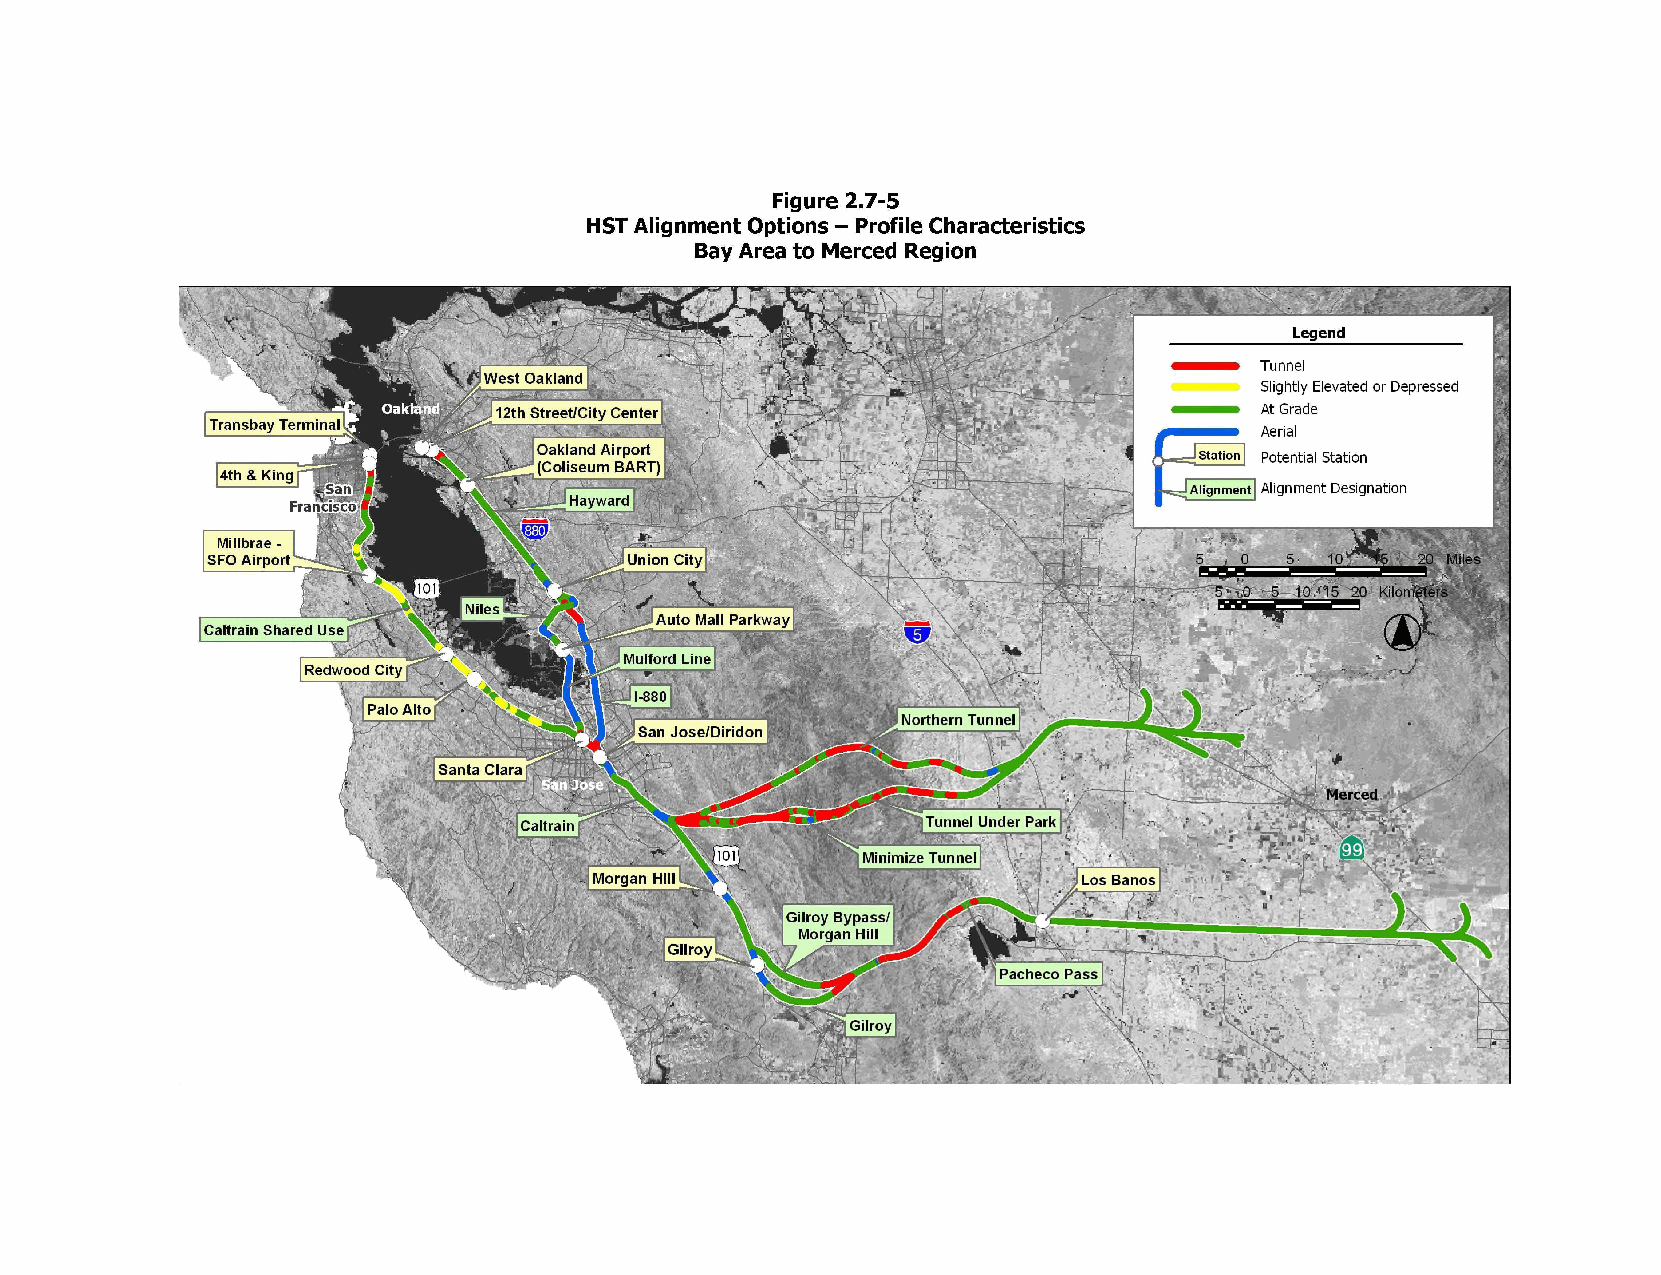
Figure 2.7-5
 HST Alignment Options - Profile Characteristics
 Bay Area to Merced Region
 Legend
 Tunnel
 West Oakland
 Slightly Elevated or Depressed
 Oakland 12th Street/City Center                           At Grade
 Transbay Terminal
 Aerial
 Oakland Airport
 Station Potential Station
 (Coliseum BART)
 4th & King
 San                                                      Alignment Alignment Designation
 Francisco          Hayward
 Millbrae -
 SFO Airport                 Union City                           5  0  5  10    20 Miles
 5 10 15 20 Kilometers
 Niles
 Auto Mall Parkway
 Caltrain Shared Use
 Mulford Line
 Redwood City
 I-880
 Palo Alto
 Northern Tunnel
 San Jose/Diridon
 Santa Clara
 Merced
 Caltrain                   Tunnel Under Park
 Minimize Tunnel
 Morgan Hill                      Los Banos
 Gilroy Bypass/
 Morgan Hill
 Gilroy
 Pacheco Pass
 Gilroy